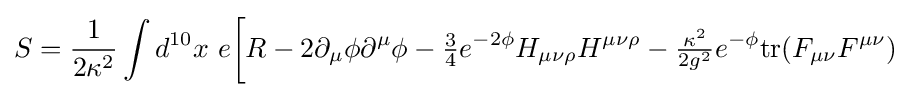
S={\frac {1}{2\kappa ^{2}}}\int d^{10}x\ e{\bigg [}R-2\partial _{\mu }\phi \partial ^{\mu }\phi -{\tfrac {3}{4}}e^{-2\phi }H_{\mu \nu \rho }H^{\mu \nu \rho }-{\tfrac {\kappa ^{2}}{2g^{2}}}e^{-\phi }{\text{tr}}(F_{\mu \nu }F^{\mu \nu })